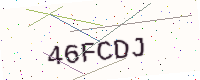
Text: 46FCDJ